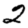
Digit: 2